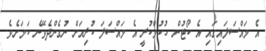
އެ މައްސަލައިގައި އެ ކޯޓުން ހުކުމްކުރީ އެ މައްސަލަ ކުރިއަށް ނުގެންދެވޭނެ ކަމަށެވެ.